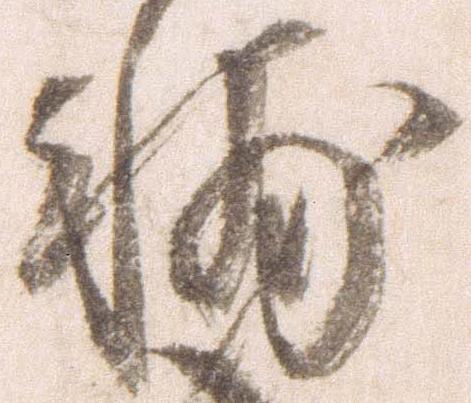
輔